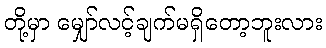
တို့မှာ မျှော်လင့်ချက်မရှိတော့ဘူးလား